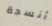
أنسجة